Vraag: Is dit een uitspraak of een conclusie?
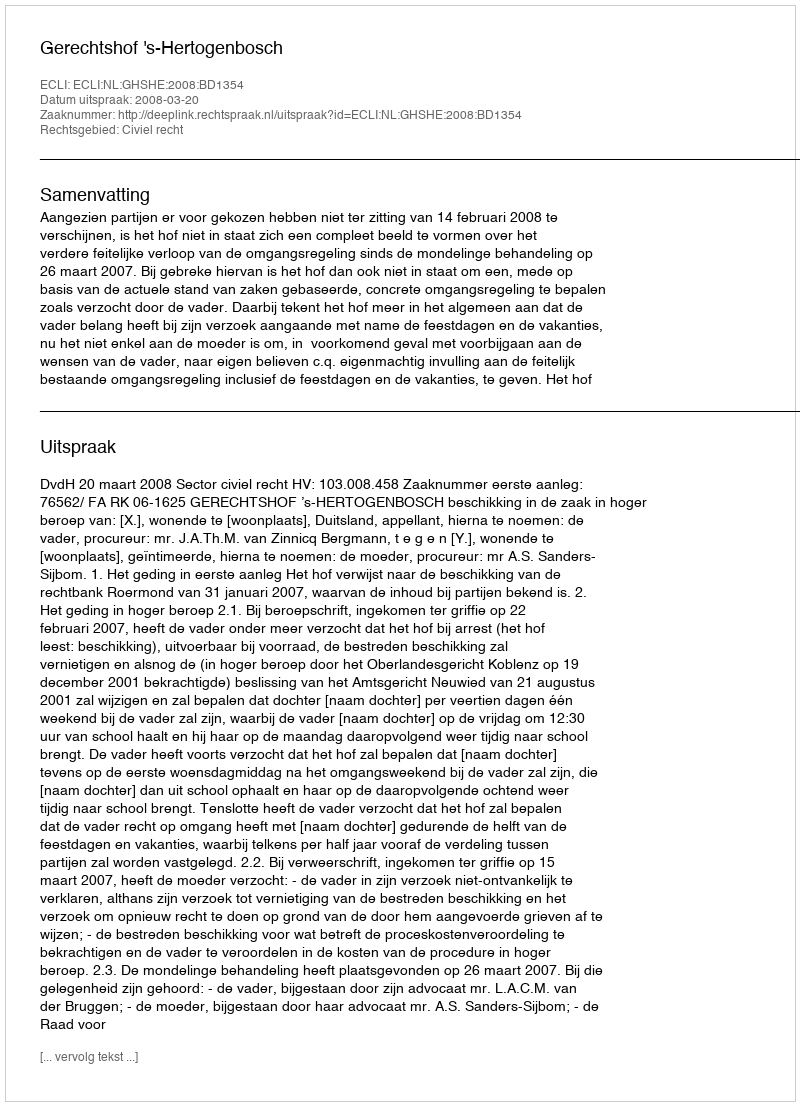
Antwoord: Uitspraak